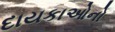
દાયકાઓનો